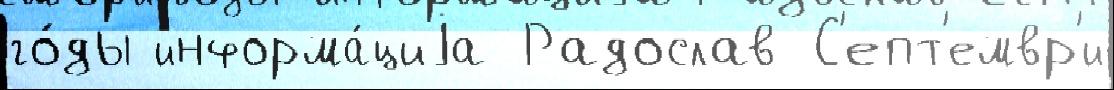
го́ды информа́циjа Радослав С'епт'емвр'и